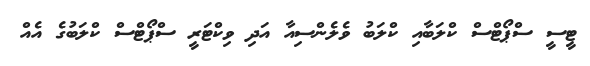
ޓީސީ ސްޕޯޓްސް ކްލަބާއި ކްލަބު ވެލެންސިއާ އަދި ވިކްޓަރީ ސްޕޯޓްސް ކްލަބުގެ އެއް